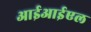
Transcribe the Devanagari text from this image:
आईआईएल